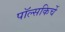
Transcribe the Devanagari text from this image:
पॉल्सकिर्चे